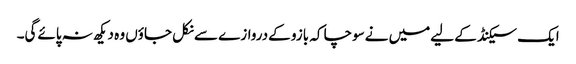
ایک سیکنڈ کے لیےمیں نےسوچا کہ بازو کےدروازے سےنکل جاؤں وہ دیکھ نہ پائےگی۔